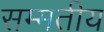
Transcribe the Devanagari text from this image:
सम्मतीय